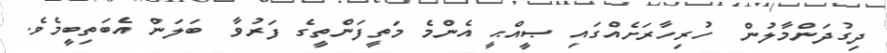
ދިގުދަންމާލުން  ހުރިހާރަށެއްގައި ޞީއްޙީ އެންމެ މަތީފަންތީގެ ފަރުވާ  ބަލަން އެބަތިބީމެވެ.